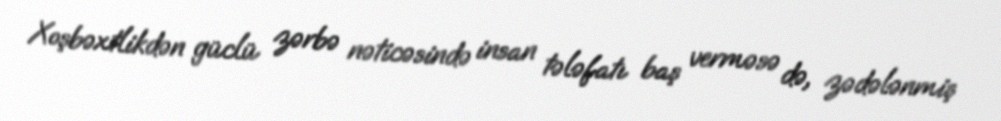
Xoşbəxtlikdən güclü zərbə nəticəsində insan tələfatı baş verməsə də, zədələnmiş